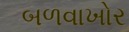
બળવાખોર